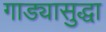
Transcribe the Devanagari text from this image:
गाड्यासुद्धा